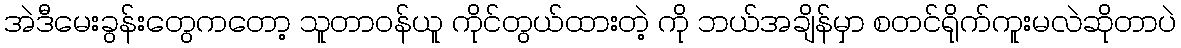
အဲဒီမေးခွန်းတွေကတော့ သူတာဝန်ယူ ကိုင်တွယ်ထားတဲ့ ကို ဘယ်အချိန်မှာ စတင်ရိုက်ကူးမလဲဆိုတာပဲ